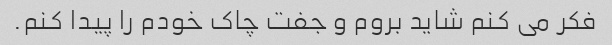
فکر می کنم شاید بروم و جفت چاک خودم را پیدا کنم.